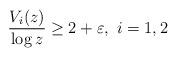
LaTeX: \begin{align*}\frac{V_i(z)}{\log z}\geq 2+\varepsilon,\ i=1,2\end{align*}